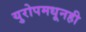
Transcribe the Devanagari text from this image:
युरोपमधूनही